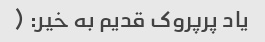
یاد پرپروک قدیم به خیر: (